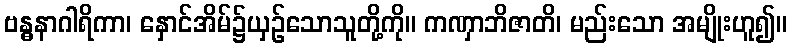
ဗန္ဓနာဂါရိကာ၊ နှောင်အိမ်၌ယှဉ်သောသူတို့ကို။ ကဏှာဘိဇာတိ၊ မည်းသော အမျိုးဟူ၍။